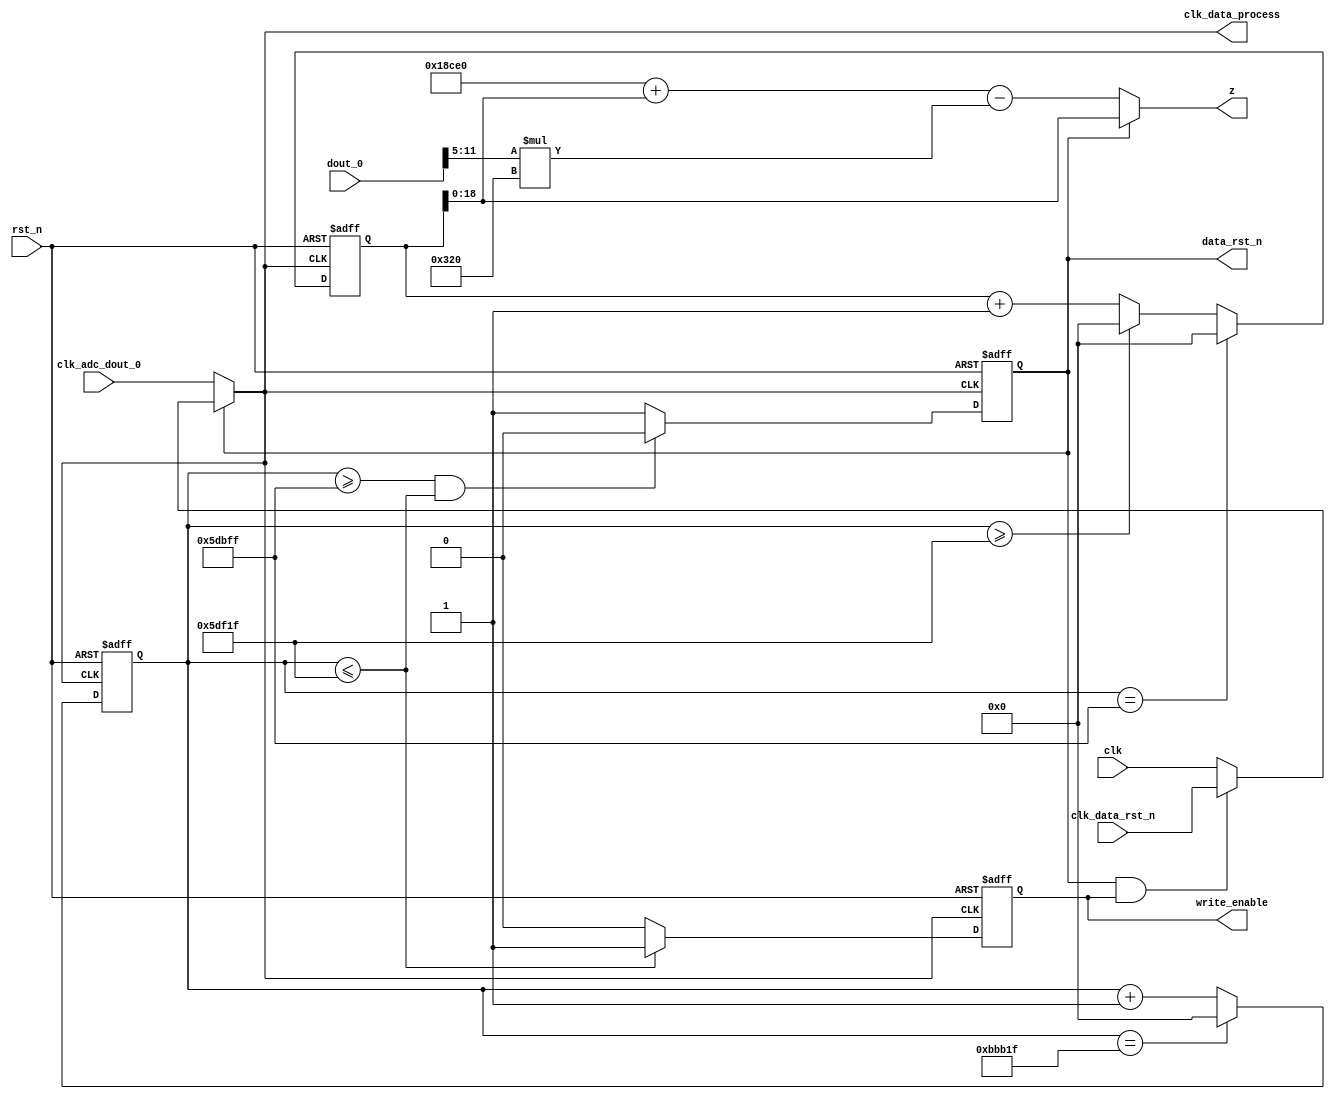
module data_process
(
							input    clk,
							input    clk_adc_dout_0,
							input    clk_data_rst_n,
							input    rst_n,
							output   clk_data_process,
							
							input [11:0]   dout_0,
							
							output  reg    write_enable=0,
							
							output  reg       data_rst_n=0,
							output [18:0]  z
														
							
);

reg [19:0] cnt; 

reg [19:0] address;

wire data_rst_n_2;

assign data_rst_n_2=data_rst_n & write_enable;

assign clk_data_process = data_rst_n ? (data_rst_n_2?clk_data_rst_n:clk):clk_adc_dout_0;

always@(posedge clk_data_process or negedge rst_n)
begin
	if(!rst_n)
		cnt<=20'b0;
	
	else if(cnt==20'd768799)
		cnt<=20'b0;
	
	else 
		cnt<=cnt+1'b1;
		
end

always@(posedge clk_data_process or negedge rst_n)
begin
	if(!rst_n)
		address<=19'b0;
	
	else if(cnt==20'd383999)
		address<=19'b0;
	
	else if(cnt>=20'd384799)
		address<=19'b0;
	
	else 
		address<=address+1'b1;
		
end

always@(posedge clk_data_process or negedge rst_n)
begin
	if(!rst_n)
		data_rst_n<=1'b0;
	
	else if(cnt>=20'd383999&&cnt<=20'd384799)
		data_rst_n<=1'b0;
	
	else 
		data_rst_n<=1'b1;
	
end

always@(posedge clk_data_process or negedge rst_n)
begin
	if(!rst_n)
		write_enable<=1'b0;
	
	else if(cnt<=19'd384799)
		write_enable<=1'b1;
	
	else 
		write_enable<=1'b0;

end

assign z = (data_rst_n )?(address ): ( 17'd101600 + address - dout_0[11:5]*800);

endmodule